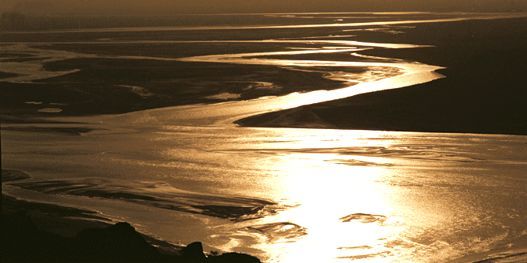
黄河怒浪连天来，大响谹谹如殷雷。